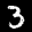
Label: 3